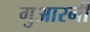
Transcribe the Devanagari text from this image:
गुआरनी